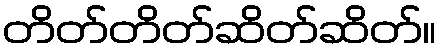
တိတ်တိတ်ဆိတ်ဆိတ်။